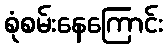
စုံစမ်းနေကြောင်း